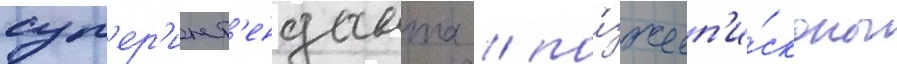
суп'ер'инт'енданта / по́зже еп'и́скопы